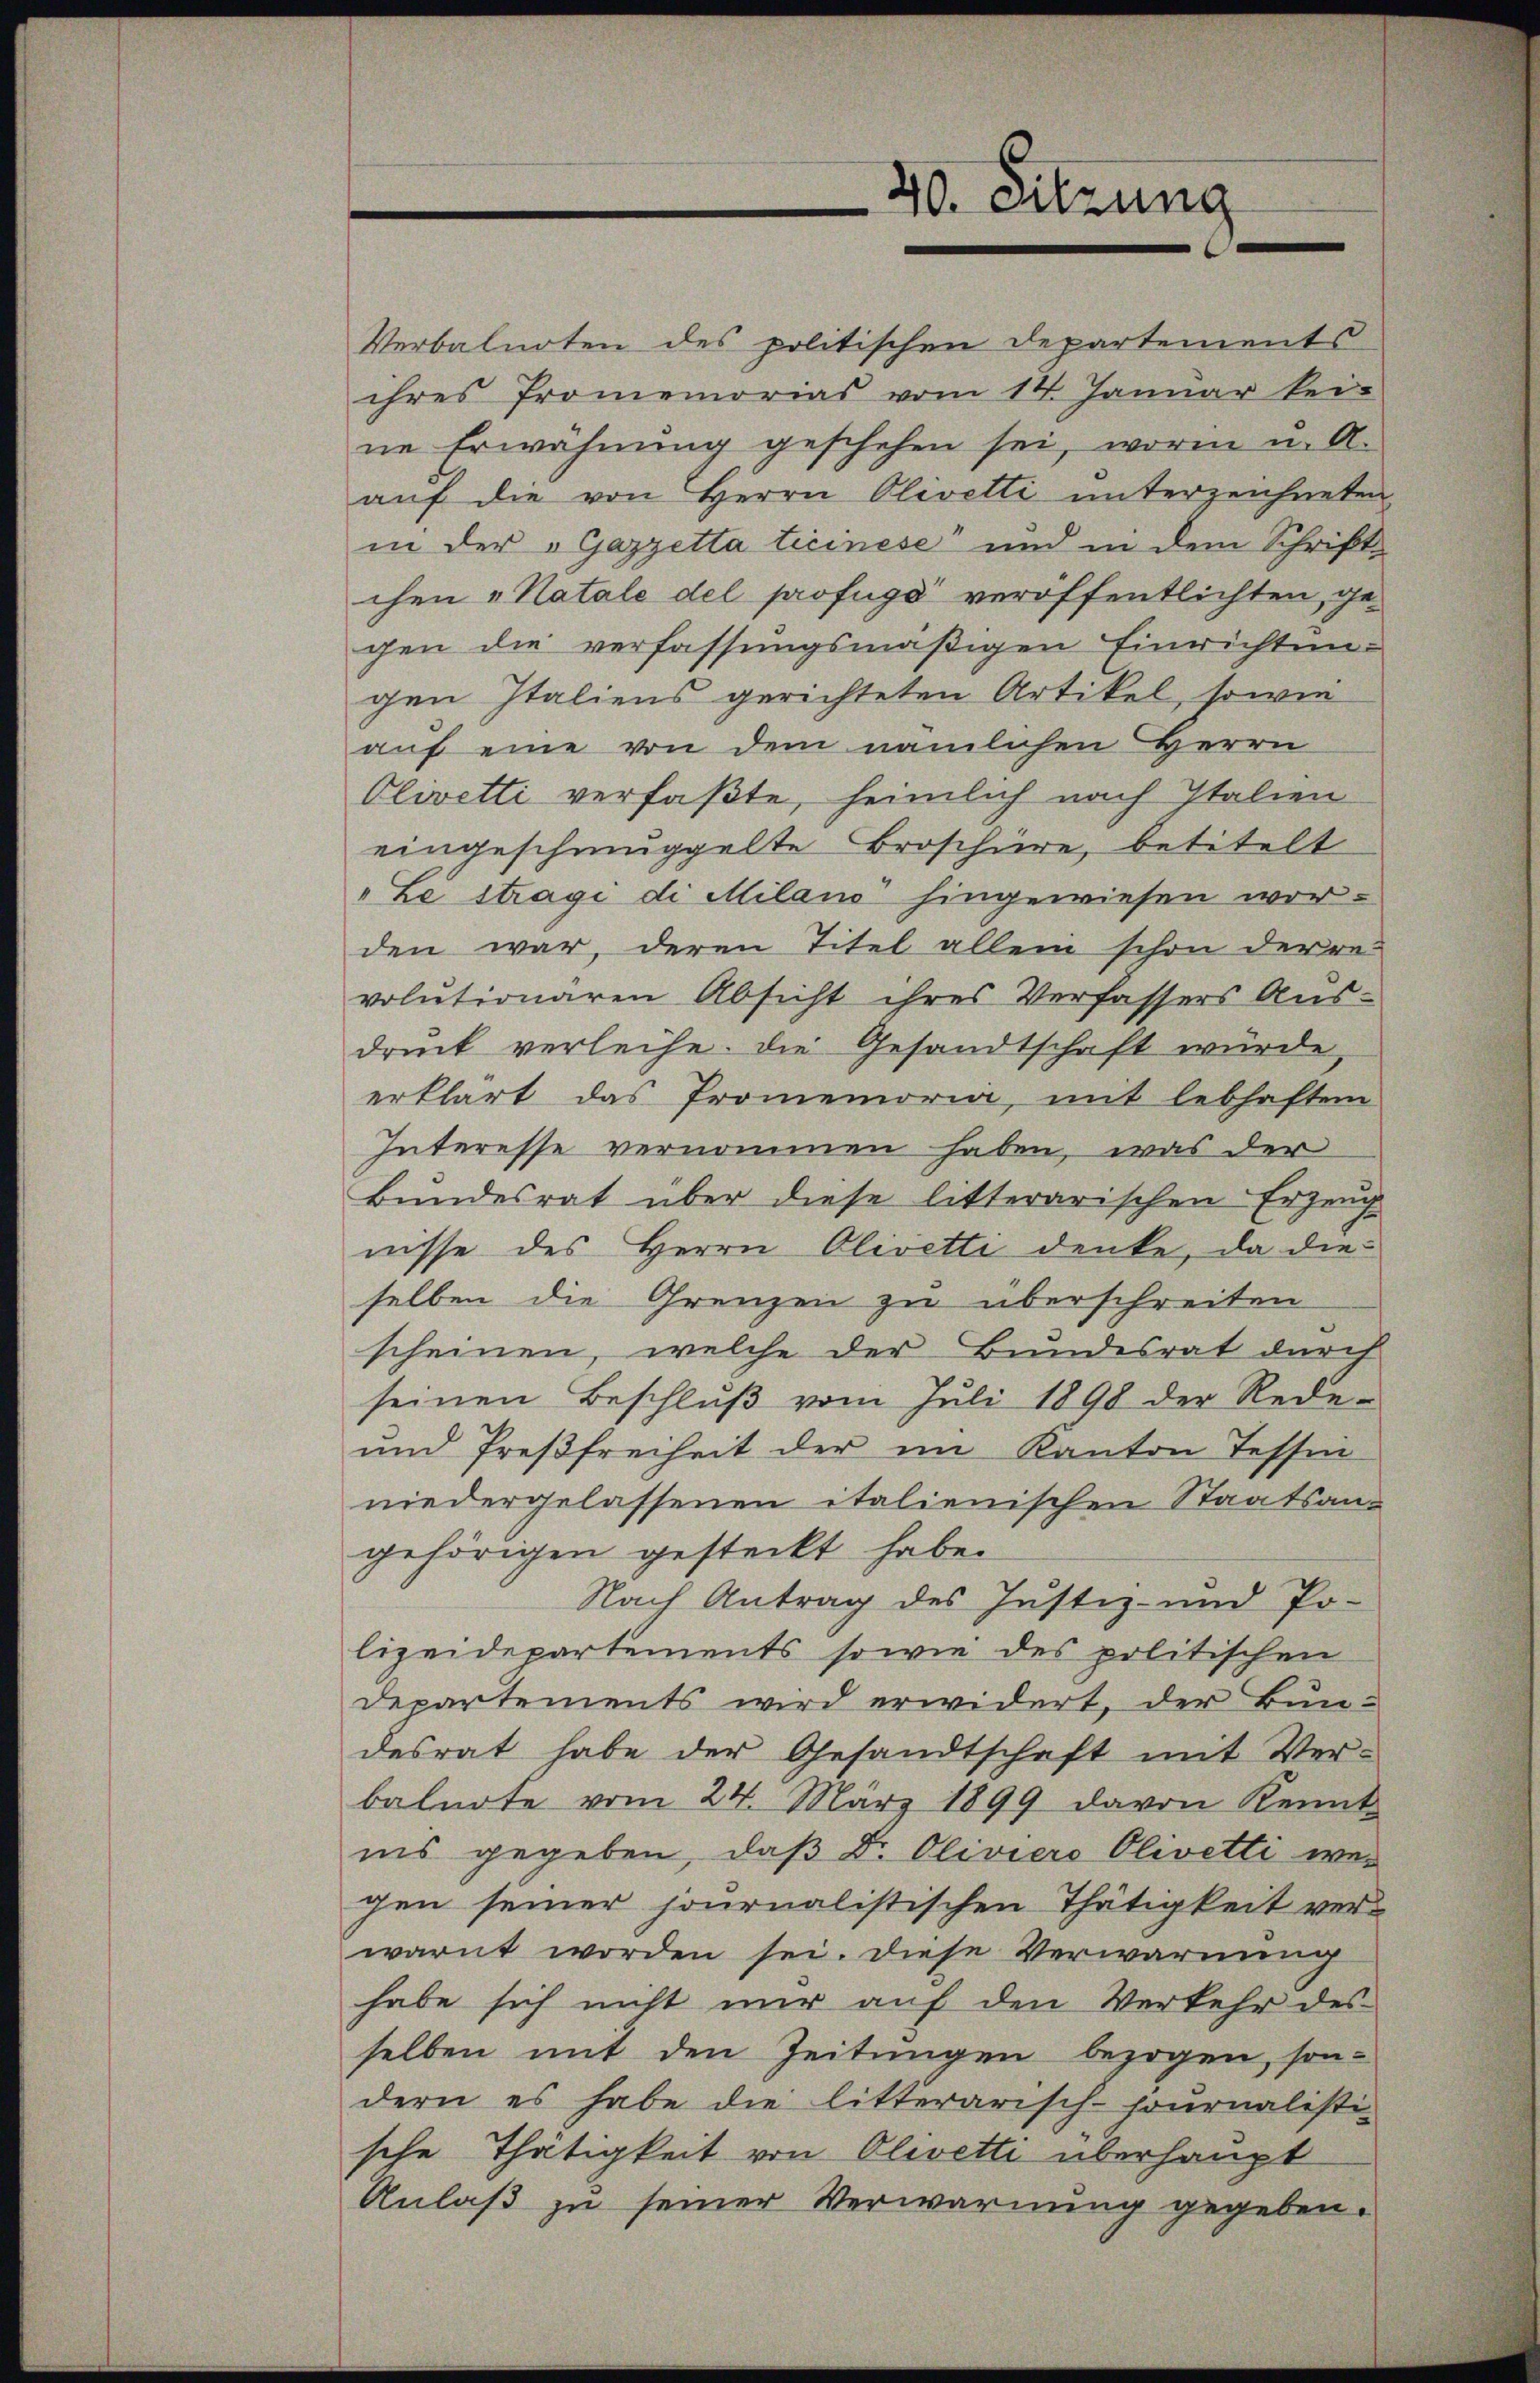
40. Sitzung

Verbalnoten des politischen Departements
ihres Promemorias vom 14. Januar kei-
ne Erwähnung geschehen sei, worin u. A.
aŭf die von Herrn Olivetti unterzeichneten
in der „Gazzetta ticinese“ und in dem Schriftchen „Katale del profugs veröffentlichten, gegen die verfassungsmäßigen Einrichtungen Italiens gerichteten Artikel, sowie
auf eine von dem nämlichen Herrn
Olivetti verfaßte, heimlich nach Italien
eingeschmuggelte Broschüre, betitelt
"Le stragi di Milano hingewiesen worden war, deren Titel allein schon der re-
volutionaren Absicht ihres Verfassers Aus-
druck verleihe. Die Gesandtschaft würde,
erklärt das Promemoria, mit lebhaftem
Interesse vernommen haben, was der
Bundesrat über diese litterarischen Erzeug
nisse des Herrn Olivetti denke, da die-
selben die Grenzen zu überschreiten
scheinen, welche der Bundesrat durch
seinen Beschluß vom Juli 1898 der Rede-
und Preßfreiheit der im Kanton Tessin
niedergelassenen italienischen Staatsan-
gehörigen gesteckt habe.
Nach Antrag des Justiz- und Po-
lizeidepartements sowie des politischen
departements wird erwidert, der Bun-
desrat habe der Gesandtschaft mit Ver-
balnote vom 24. März 1899 davon Kennt
ins gegeben, daß Dr. Oliviers Olivetti wegen seiner journalistischen Thätigkeit verwarnt worden sei. Diese Verwarnung
habe sich nicht nur auf den Verkehr des
selben mit den Zeitungen bezogen, son-
dern es habe die litterarisch-hournalisti-
sche Thätigkeit von Olivetti überhaupt
Anlaß zu seiner Verwarnung gegeben.